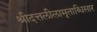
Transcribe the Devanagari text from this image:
श्रीदत्तलीलामृताब्धिसार